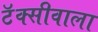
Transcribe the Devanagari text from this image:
टॅक्सीवाला